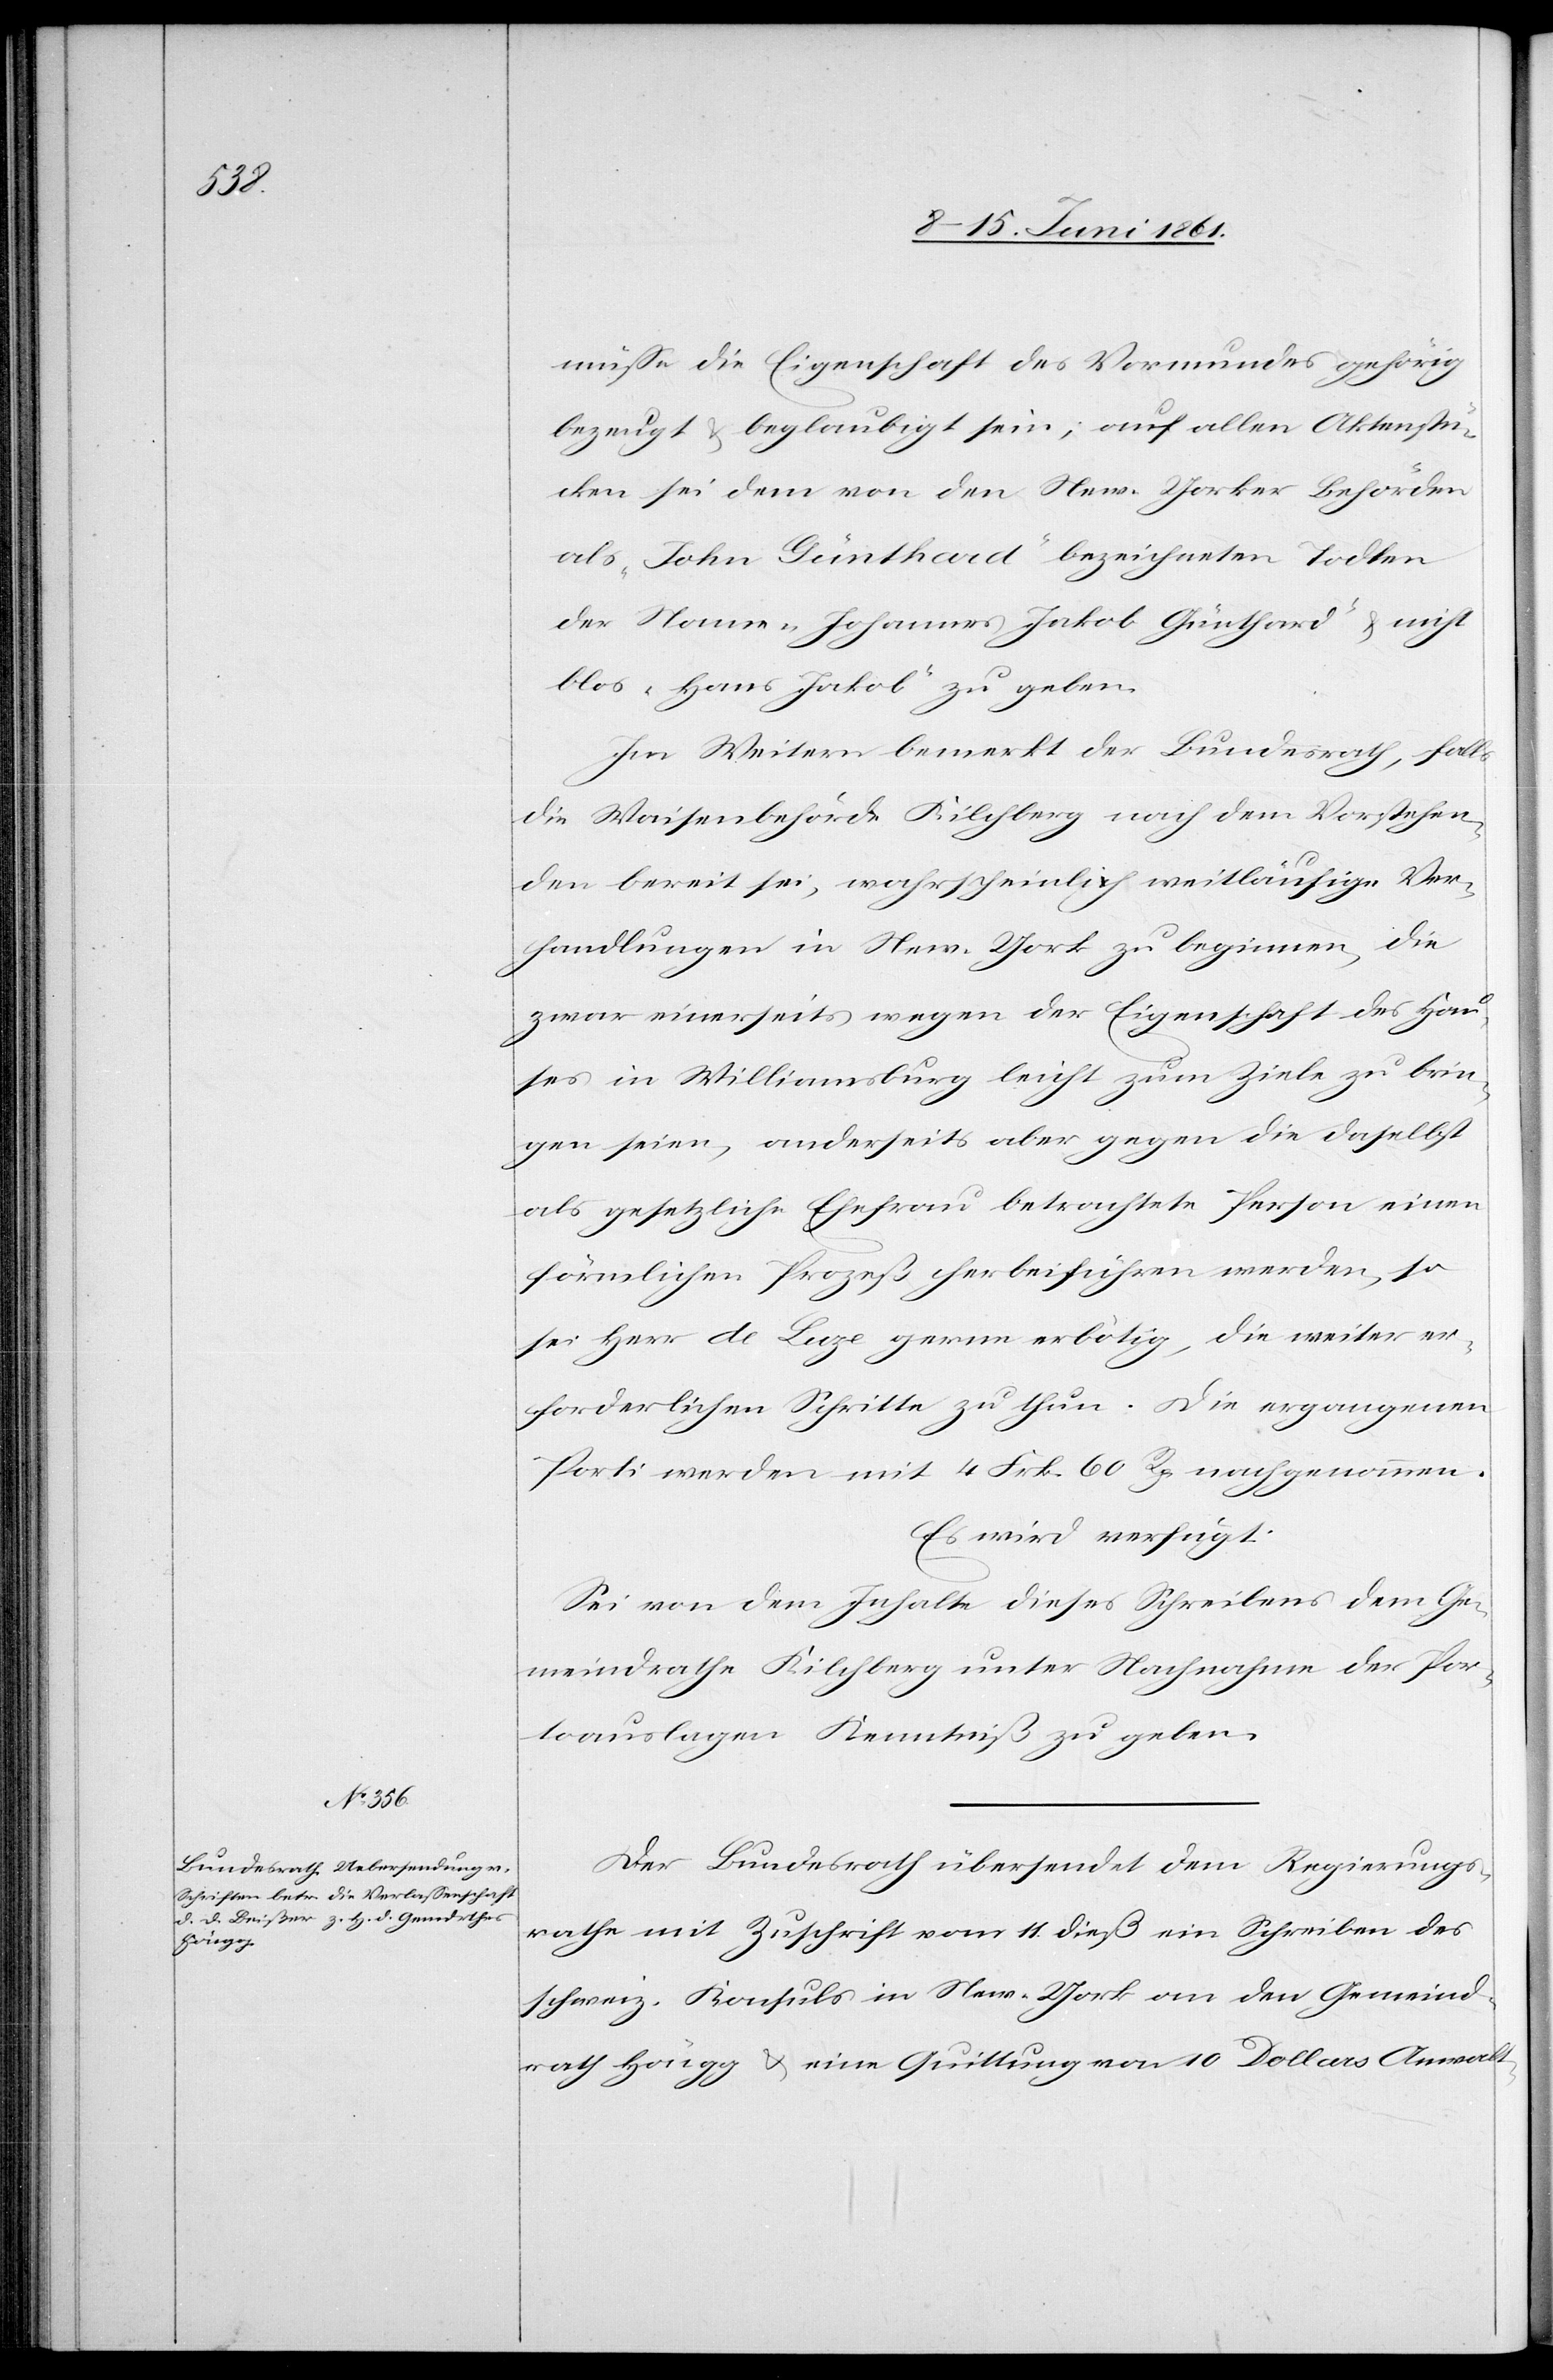
14.

müsse die Eigenschaft des Vormundes gehörig
bezeugt u. beglaubigt sein; auf allen Aktenstü¬
cken sei dem von den New-Yorker Behörden
als (John Günthard“ bezeichneten Todten
der Namen, „Johannes Jakob Günthard“ u. nicht
blos „Hans Jakob“ zu geben.
Im Weitern bemerkt der Bundesrath, falls
die Waisenbehörde Kilchberg nach dem Vorstehen¬
den bereit sei, wahrscheinlich weitläufige Ver¬
handlungen in New-York zu beginnen, die
zwar einerseits wegen der Eigenschaft des Hau¬
ses in Williamsburg leicht zum Ziele zu brin¬
gen seien, anderseits aber gegen die daselbst
als gesetzliche Ehefrau betrachtete Person einen
förmlichen Prozeß herbeiführen werden, so
sei Herr de Luze gerne erbötig, die weiter er¬
forderlichen Schritte zu thun. Die ergangenen
Porti werden mit 4 Frk. 60 Rp. nachgenommen.
Es wird verfügt:
Sei von dem Inhalte dieses Schreibens dem Ge¬
meindrathe Kilchberg unter Nachnahme der Por¬
toauslagen Kenntniß zu geben.
Der Bundesrath übersendet dem Regierungs¬
rathe mit Zuschrift vom 11. dieß ein Schreiben des
schweiz. Konsuls in New-York an den Gemeind¬
rath Höngg u. eine Quittung von 10 Dollars Anwalt[s]-